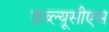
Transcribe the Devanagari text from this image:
डब्ल्यूसीएस